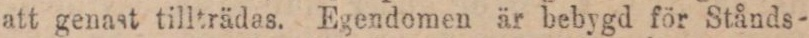
att genast tillträdas. Egendomen är bebygd för Stånds-